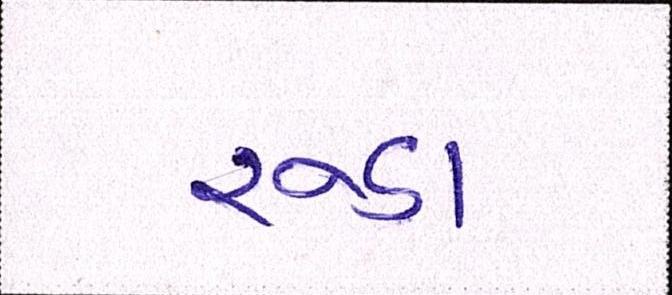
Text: રૂડા